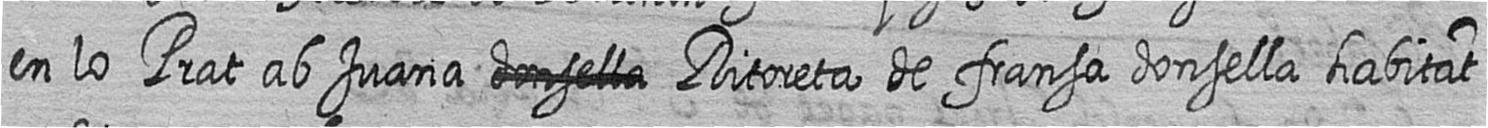
en lo Prat ab Juana # Ritoreta de fransa donsella habitat